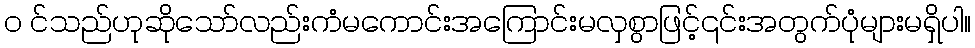
၀ င်သည်ဟုဆိုသော်လည်းကံမကောင်းအကြောင်းမလှစွာဖြင့်၎င်းအတွက်ပုံများမရှိပါ။